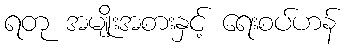
ရတု အမျိုးအစားနှင့် ရေးစပ်ဟန်